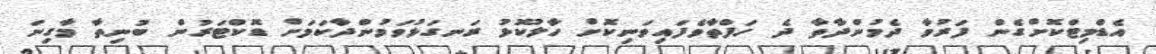
އެޑްމިޓްކޮށްގެން ފަރުވާ ދެމުންދާތާ ދެ ހަފްތާވެފައިވަނިކޮށް ހާލުކޮޅު ރަނގަޅުވަމުންދާކަމަށް ޑޮކްޓަރުން ބުނިތާ މާގިނަ